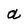
Character: a